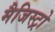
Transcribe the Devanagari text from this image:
मैजिस्ट्रो